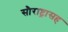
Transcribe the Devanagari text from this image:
सौराष्ट्रासह